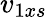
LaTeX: v_{1xs}